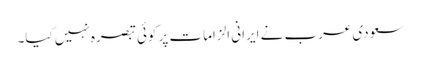
سعودی عرب نے ایرانی الزامات پر کوئی تبصرہ نہیں کیا۔